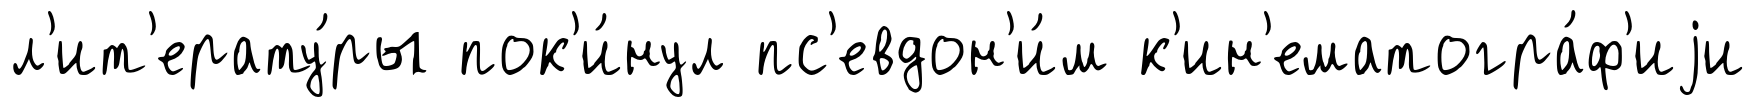
л'ит'ерату́ры пок'и́нул пс'евдон'и́м к'ин'ематогра́ф'иjи